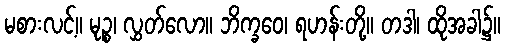
မစားလင့်။ မုဉ္စ၊ လွှတ်လော။ ဘိက္ခဝေ၊ ရဟန်းတို့။ တဒါ၊ ထိုအခါ၌။